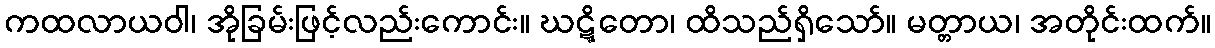
ကထလာယဝါ၊ အိုခြမ်းဖြင့်လည်းကောင်း။ ဃဋ္ဋိတော၊ ထိသည်ရှိသော်။ မတ္တာယ၊ အတိုင်းထက်။